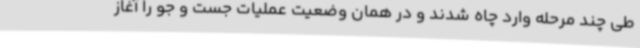
طی چند مرحله وارد چاه شدند و در همان وضعیت عملیات جست و جو را آغاز